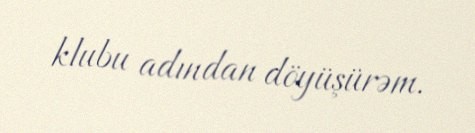
klubu adından döyüşürəm.